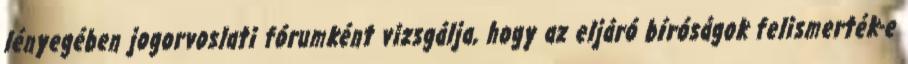
lényegében jogorvoslati fórumként vizsgálja, hogy az eljáró bíróságok felismerték-e